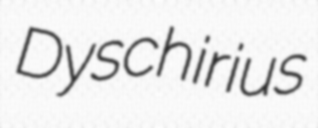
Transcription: Dyschirius